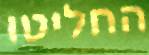
החליטו